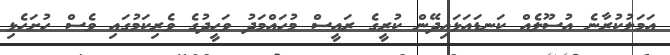
އަމަލުކުރާނެ އުސޫލެއް ކަނޑައަޅައިދޭން ކުރީގެ ރައީސް މުހައްމަދު ވަހީދުގެ ވެރިކަމުގައި ވެސް ހުށަހެޅި